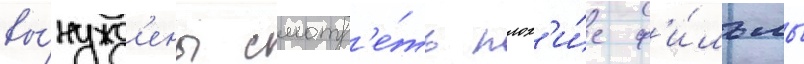
вы́нужд'ены смотр'е́ть плох'и́е ф'и́льмы